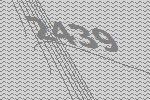
2439